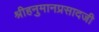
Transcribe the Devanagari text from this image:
श्रीहनुमानप्रसादजी